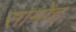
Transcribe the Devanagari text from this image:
सामोह